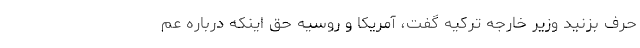
حرف بزنید وزیر خارجه ترکیه گفت، آمریکا و روسیه حق اینکه درباره عم